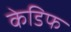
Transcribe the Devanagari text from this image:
केडिफ